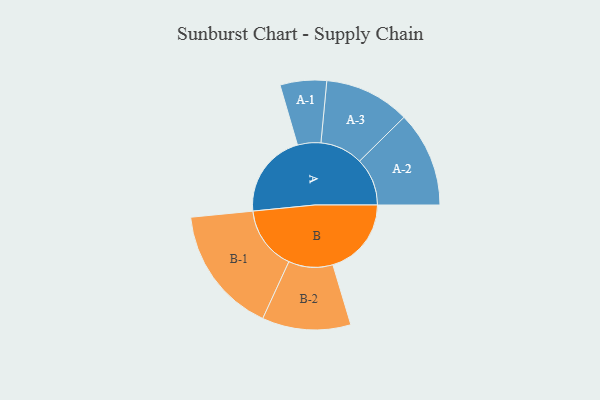
{"axis": {"x": "Segment", "y": "Value"}, "legend": ["", "A", "B"], "data": [{"x": "A", "y": 395, "type": ""}, {"x": "B", "y": 365, "type": ""}, {"x": "A-1", "y": 108, "type": "A"}, {"x": "A-2", "y": 222, "type": "A"}, {"x": "A-3", "y": 199, "type": "A"}, {"x": "B-1", "y": 297, "type": "B"}, {"x": "B-2", "y": 206, "type": "B"}]}